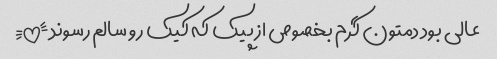
عالی بود دمتون گرم بخصوص از پیک که کیک رو سالم رسوند!!!!!!